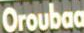
Oroubaa